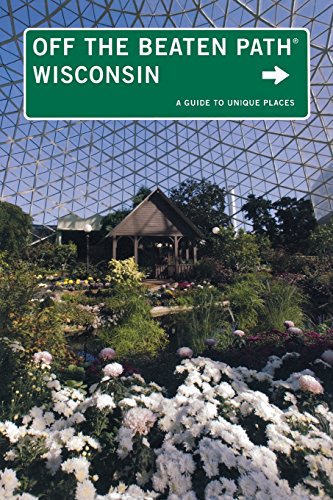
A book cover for Wisconsin Off the Beaten PathÂ®: A Guide To Unique Places (Off the Beaten Path Series); Martin Hintz; Travel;